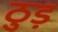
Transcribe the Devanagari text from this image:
ठुड़